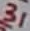
Text: 31